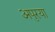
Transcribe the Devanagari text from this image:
अपुरया